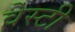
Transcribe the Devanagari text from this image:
वेस्टी